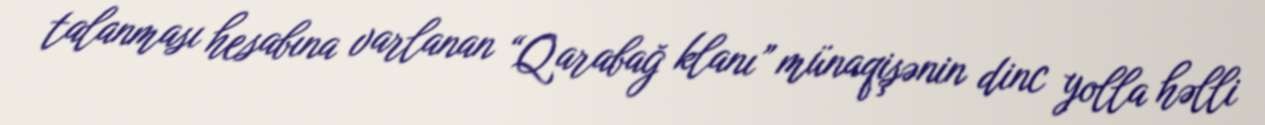
talanması hesabına varlanan “Qarabağ klanı” münaqişənin dinc yolla həlli